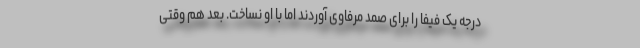
درجه یک فیفا را برای صمد مرفاوی آوردند اما با او نساخت. بعد هم وقتی